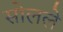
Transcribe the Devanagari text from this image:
सोलले